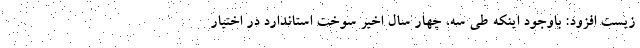
زیست افزود: باوجود اینکه طی سه، چهار سال اخیر سوخت استاندارد در اختیار